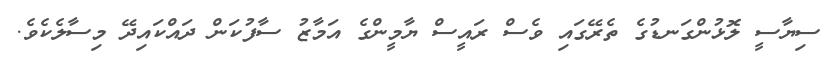
ސިޔާސީ ލޮޅުންގަނޑުގެ ތެރޭގައި ވެސް ރައީސް ޔާމީންގެ އަމާޒު ސާފުކަން ދައްކައިދޭ މިސާލެކެވެ.